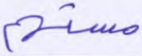
مستهم